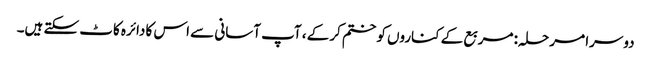
دوسرا مرحلہ: مربع کے کناروں کو ختم کرکے ، آپ آسانی سے اس کا دائرہ کاٹ سکتے ہیں۔